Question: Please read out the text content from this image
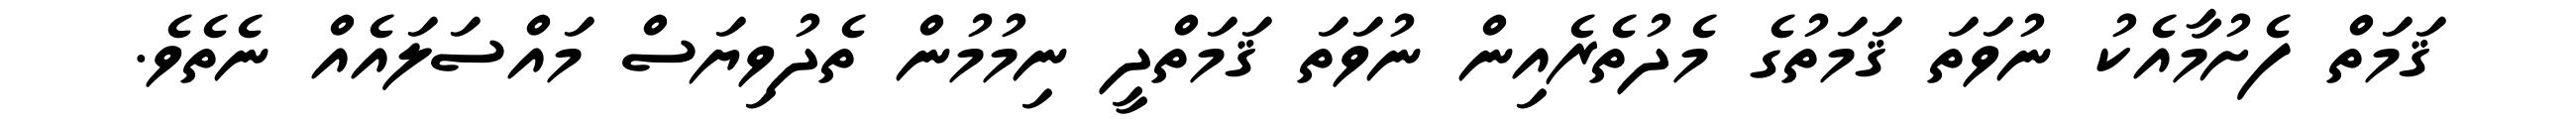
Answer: ޤަމަތް ފެށުމާއެކު ނުވަތަ ޤަމަތުގެ މެދުތެރެއިން ނުވަތަ ޤަމަތްދީ ނިމުމުން ތެދުވިޔަސް މައްސަލައެއް ނެތެވެ.